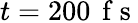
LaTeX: t=200\, \mathrm{~f~s~}